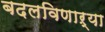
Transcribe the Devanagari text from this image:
बदलविणाऱ्या